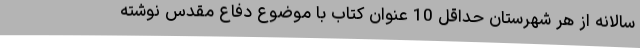
سالانه از هر شهرستان حداقل 10 عنوان کتاب با موضوع دفاع مقدس نوشته